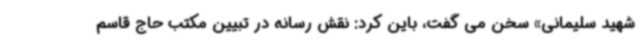
شهید سلیمانی» سخن می گفت، باین کرد: نقش رسانه در تبیین مکتب حاج قاسم